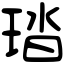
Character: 𤦊